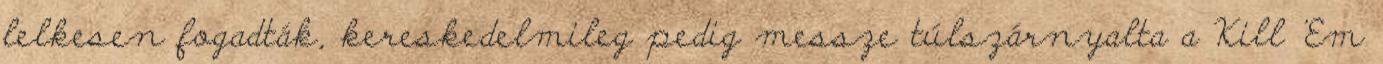
lelkesen fogadták, kereskedelmileg pedig messze túlszárnyalta a Kill 'Em